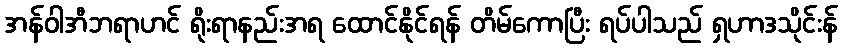
အန်ဝါအီဘရာဟင် ရိုးရာနည်းအရ ထောင်နိုင်ရန် တိမ်ကောပြီး ရပ်ပါသည် ရှဟာဒသိုင်းန်